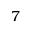
7